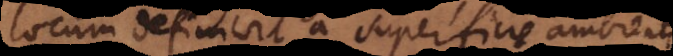
locum definivit a superficie ambientis,